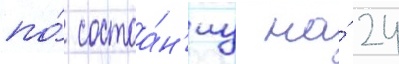
по́ состоа́н'иу на́ 24